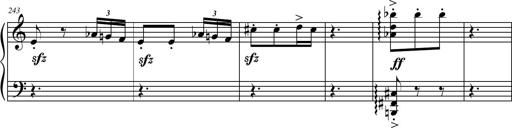
Title: Petite Sonatine
Composer: Richard St. Clair